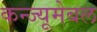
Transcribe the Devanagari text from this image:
कन्ज्यूमेबल